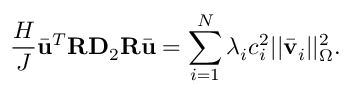
\frac { H } { J } \bar { \mathbf { u } } ^ { T } \mathbf { R } \mathbf { D } _ { 2 } \mathbf { R } \bar { \mathbf { u } } = \sum _ { i = 1 } ^ { N } \lambda _ { i } c _ { i } ^ { 2 } | | \bar { \mathbf { v } } _ { i } | | _ { \Omega } ^ { 2 } .